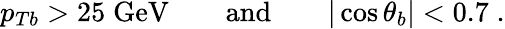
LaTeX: p_{Tb}>25\; \mathrm{GeV}\qquad\mathrm{and}\qquad|\cos\theta_{b}|<0.7\; .